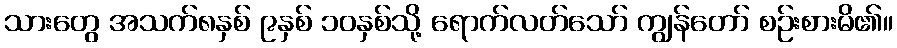
သားတွေ အသက်၈နှစ် ၉နှစ် ၁၀နှစ်သို့ ရောက်လတ်သော် ကျွန်တော် စဉ်းစားမိ၏။